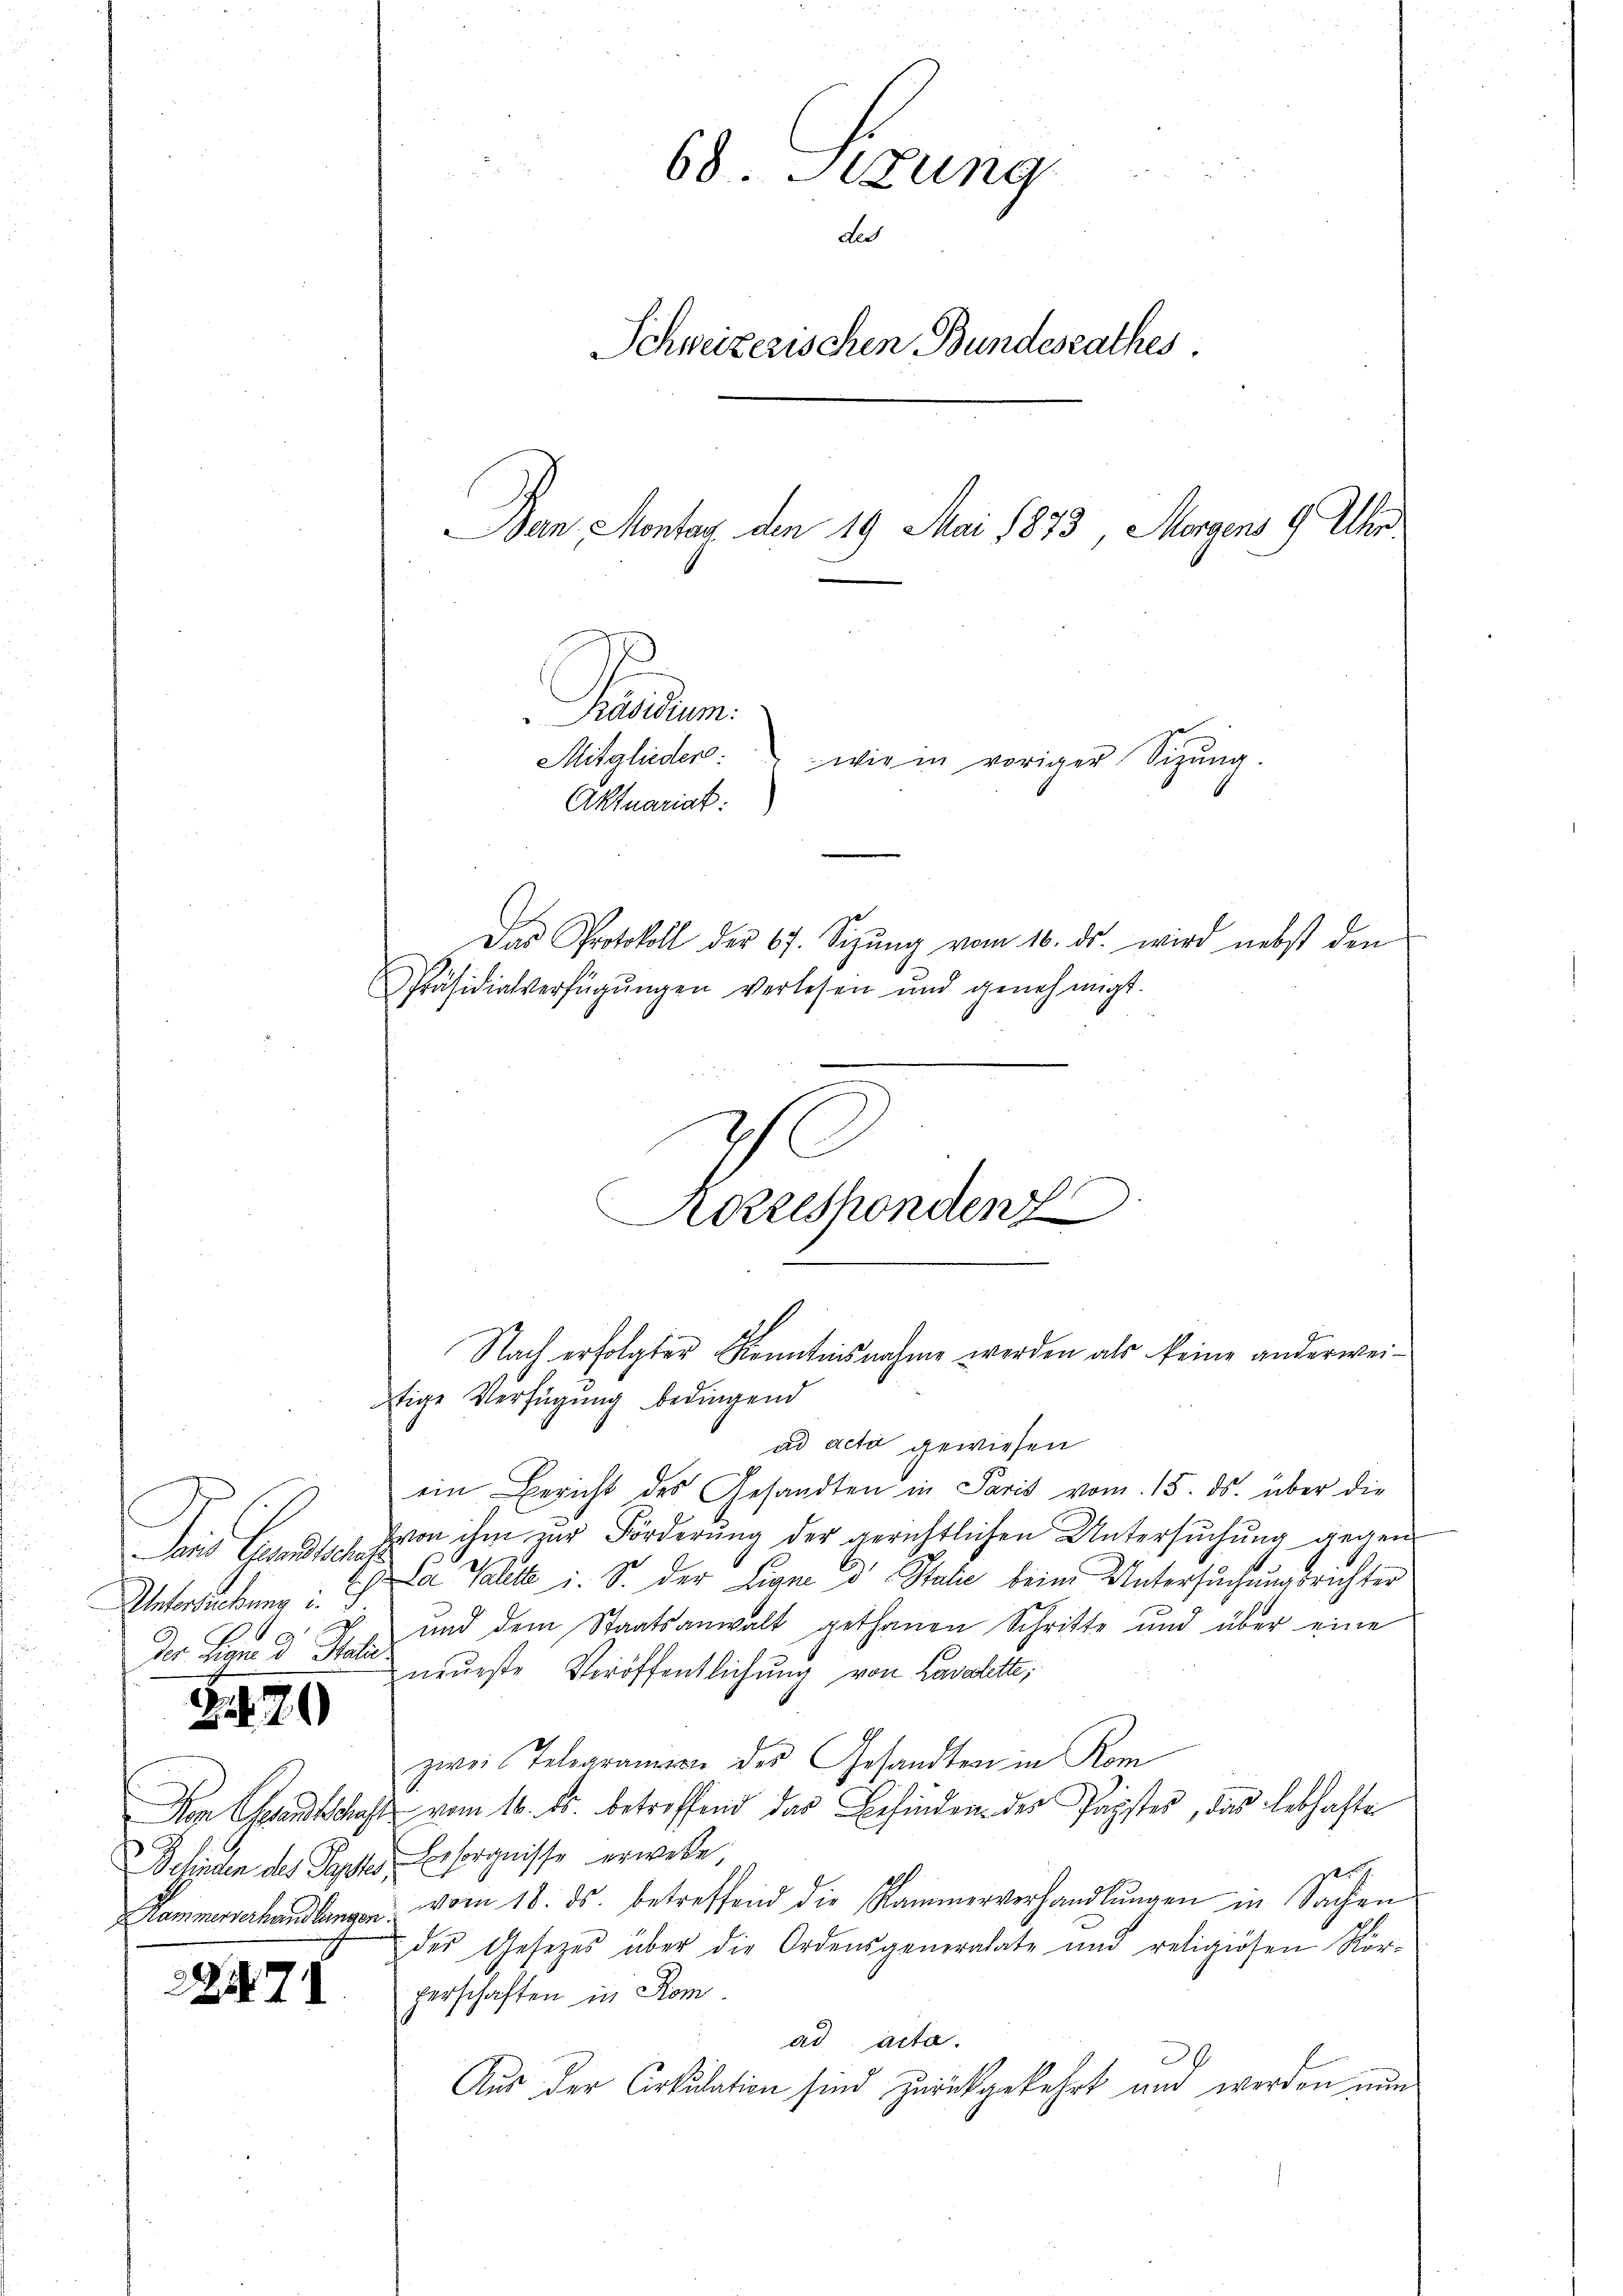
Sans Gesandtschaf
Unterschung d. J.
S
Der Sinne u Stati

229

Hammerverhandlungen.

22. 78

Präsidium.
Mitglieder:
Aktuariat:
Das Protokoll der 67. Sizung vom 16. ds. wird nebst den
Präsidialverfügŭngen verlesen und genehmigt.
c
s
Nach erfolgter Kenntnisnahme werden als keine anderweitige Verfügung bedingend
ad acta gewiesen
ein Bericht des Gesandten in Paris vom 15. ds. über die
von ihm zur Förderung der gerichtlichen Untersuchung gegen
La Valett i. S. der Linne d Stalić beim Untersuchungsrichter
und dem Staatsanwalt gethanen Schritte und über eine
neueste Veröffentlichung von Lavadette,
zwei Telegramien des Gesandten in Kom
Von entschaft vom 16. ds. betreffend das Befinden der Papstes, das lebhafte
Schinden des Parte Besorgnisse erweste,
vom 18. ds. betreffend die Kammerverhandlŭngen in Sachen
des Gesetzes über die Ordensgeneralate und religiösen Kör-
perschaften in Rom.
ad acta.
30.
Aus der Arkulation sind zurückgekehrt und werden nun

68. Sizung
de
Schweizerischen Bundesrathes.

Ban. Montag den 19 Mai 1873 Morgens 9 Uhr

wie in voriger Sitzung.

Korresponden